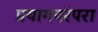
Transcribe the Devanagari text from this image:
प्रयागपरंपरा